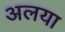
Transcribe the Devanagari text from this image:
अलया